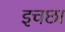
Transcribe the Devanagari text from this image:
इचछा